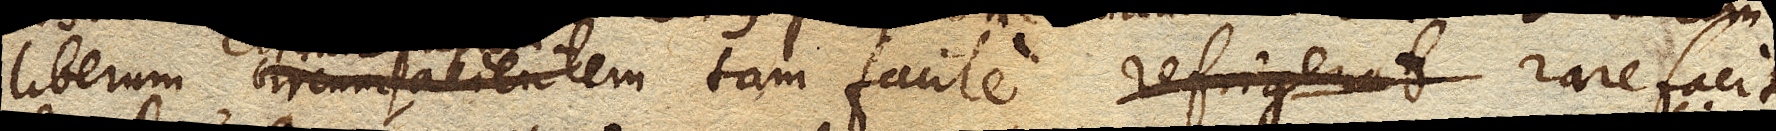
liberum tam facile refrigerat circumfusum tam facile rarefacit